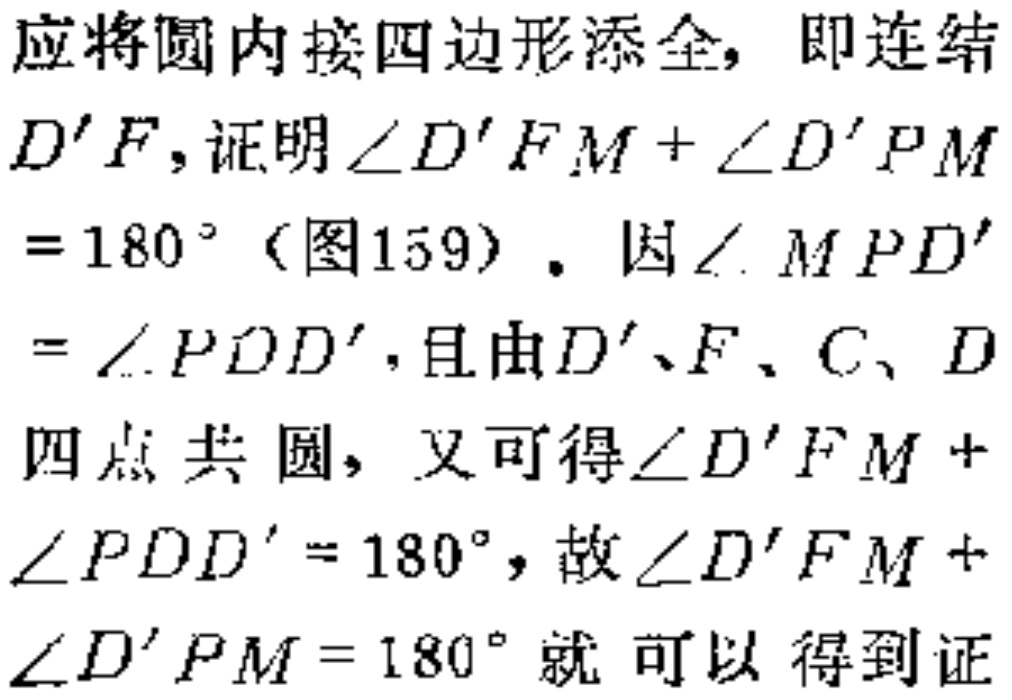
应将圆内接四边形添全，即连结
\(D'F\)，证明\(\angle D'FM + \angle D'PM\)
\(= 180^{\circ}\)（图159）. 因\(\angle MPD'\)
\(= \angle PDD'\)，且由\(D'\)、\(F\)、\(C\)、\(D\)
四点共圆，又可得\(\angle D'FM +\)
\(\angle PDD' = 180^{\circ}\)，故\(\angle D'FM +\)
\(\angle D'PM = 180^{\circ}\)就可以得到证